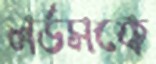
লর্ডসকে